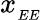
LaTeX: x_{_{EE}}